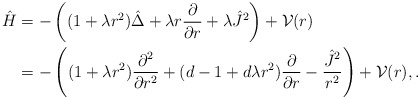
\begin{align*} {\hat H} &= - \left((1+\lambda r^2)\hat{\Delta} + \lambda r \frac{\partial}{\partial r} + \lambda {\hat J}^2 \right) + {\cal V}(r) \\ &= - \left((1+\lambda r^2)\frac{\partial^2}{\partial r^2} + (d-1+d\lambda r^2)\frac{\partial}{\partial r} - \frac{{\hat J}^2}{r^2}\right) + {\cal V}(r),. \end{align*}